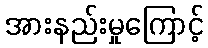
အားနည်းမှုကြောင့်